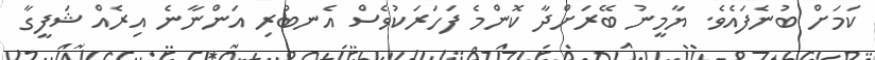
ކަމަށް ބުނެފައެވެ. ޔާމީނު ބޭރަށްދާ ކޮންމެ ފަހަރަކުވެސް އެނބުރި އަންނާނެ އިރެއް ޝަފީގާ